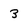
Character: 3